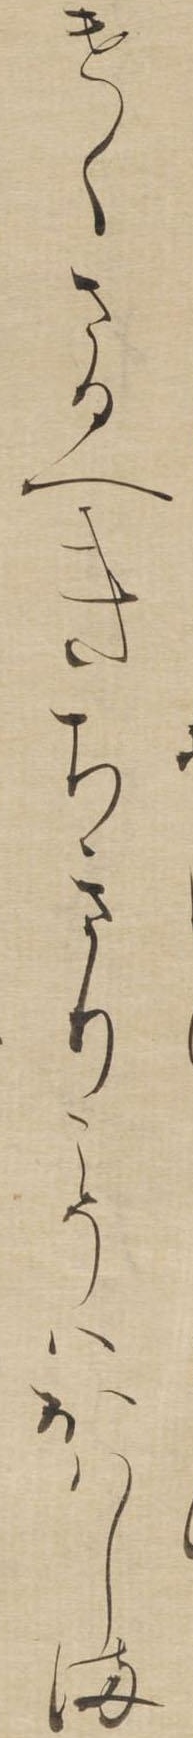
けくさるへきちきりこそはおはしま